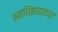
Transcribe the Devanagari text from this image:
स्वाधिष्ठायकाय